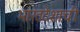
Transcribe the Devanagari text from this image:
भारतदेशाची